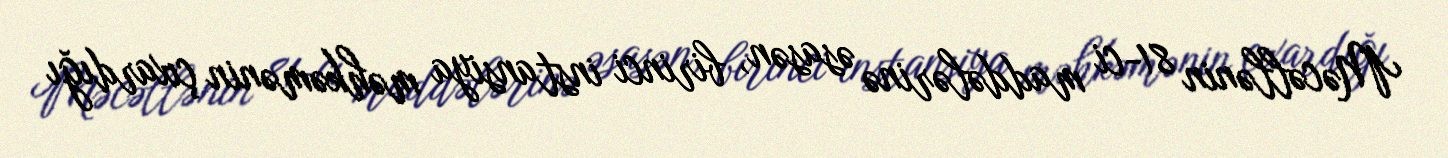
Məcəllənin 81-ci maddələrinə əsasən, birinci instansiya məhkəmənin çıxardığı